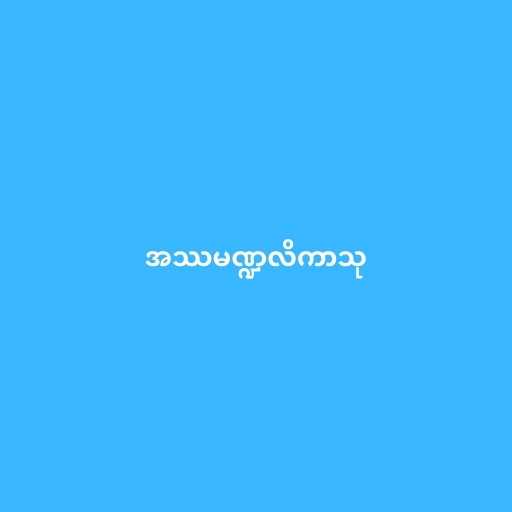
အဿမဏ္ဍလိကာသု